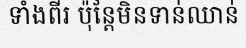
ទាំងពីរ ប៉ុន្តែមិនទាន់ឈាន់